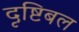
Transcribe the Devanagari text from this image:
दृष्टिबल